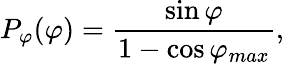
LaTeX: P_{\varphi}(\varphi)=\frac{\sin\varphi}{1-\cos\varphi_{max}},